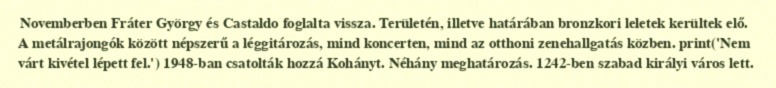
Novemberben Fráter György és Castaldo foglalta vissza. Területén, illetve határában bronzkori leletek kerültek elő. A metálrajongók között népszerű a léggitározás, mind koncerten, mind az otthoni zenehallgatás közben. print('Nem várt kivétel lépett fel.') 1948-ban csatolták hozzá Kohányt. Néhány meghatározás. 1242-ben szabad királyi város lett.